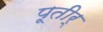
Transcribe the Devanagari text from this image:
पूतीर्